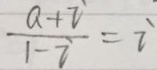
\frac { a + i } { 1 - i } = i